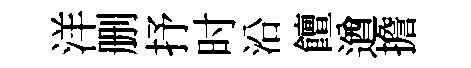
洋删抒时沿饘遒擔